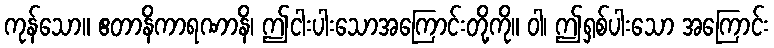
ကုန်သော။ ဧတာနိကာရဏာနိ၊ ဤငါးပါးသောအကြောင်းတို့ကို။ ဝါ၊ ဤရှစ်ပါးသော အကြောင်း